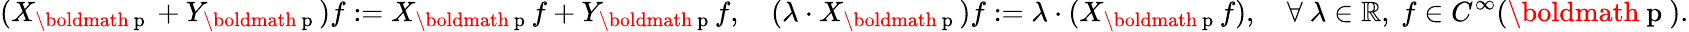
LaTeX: (X_{\mathrm{\boldmath~p~}}+Y_{\mathrm{\boldmath~p~}})f:=X_{\mathrm{\boldmath~p~}}f+Y_{\mathrm{\boldmath~p~}}f,\quad(\lambda\cdot X_{\mathrm{\boldmath~p~}})f:=\lambda\cdot(X_{\mathrm{\boldmath~p~}}f),\quad\forall~\lambda\in\mathbb{R},~f\in C^{\infty}(\mathrm{\boldmath~p~}).